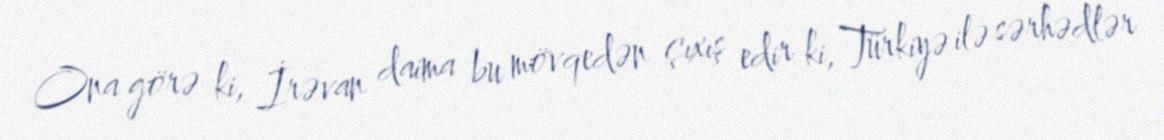
Ona görə ki, İrəvan daima bu mövqedən çıxış edir ki, Türkiyə ilə sərhədlər